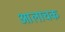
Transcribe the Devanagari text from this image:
आलाचक